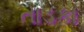
તાડકા